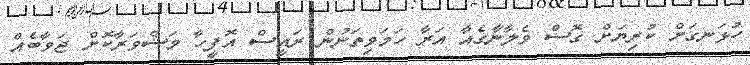
ހުޅަނގަށް ކުރިޔަށް ގޮސް ވެލާނާގެއާ އަރާ ހަމަވިތަނުން ރައީސް އޮފީހާ މަޝްވަރާކޮށް ޖަވާބެއް